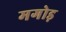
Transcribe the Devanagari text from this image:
मगोड़